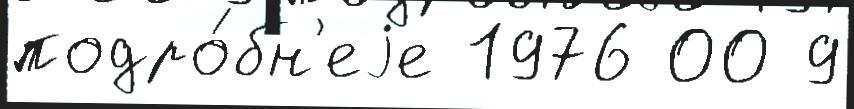
подро́бн'еjе 1976 00 9